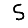
Digit: 5